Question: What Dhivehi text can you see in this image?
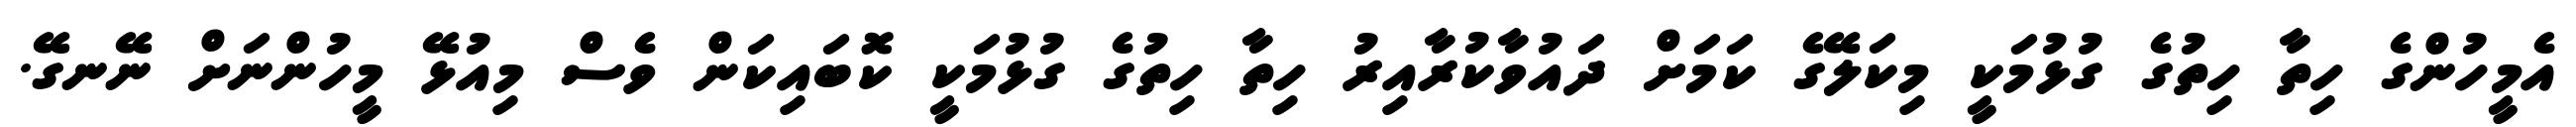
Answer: އެމީހުންގެ ހިތާ ހިތުގެ ގުޅުމަކީ މިކަލޭގެ ކަމަށް ދައުވާކުރާއިރު ހިތާ ހިތުގެ ގުޅުމަކީ ކޮބައިކަން ވެސް މިއުޅޭ މީހުންނަށް ނޭނގޭ.